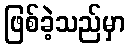
ဖြစ်ခဲ့သည်မှာ